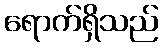
ရောက်ရှိသည်